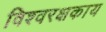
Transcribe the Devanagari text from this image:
विश्वरक्षकाय